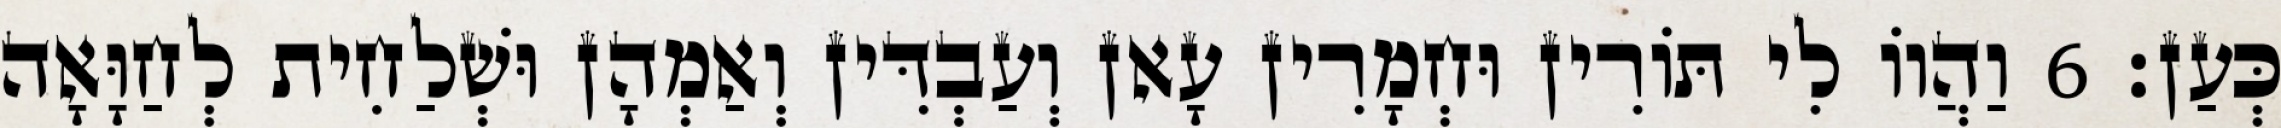
כְּעַן׃ 6 וַהֲווֹ לִי תּוֹרִין וּחְמָרִין עָאן וְעַבְדִּין וְאַמְהָן וּשְׁלַחִית לְחַוָּאָה